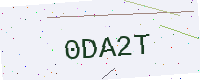
Text: 0DA2T